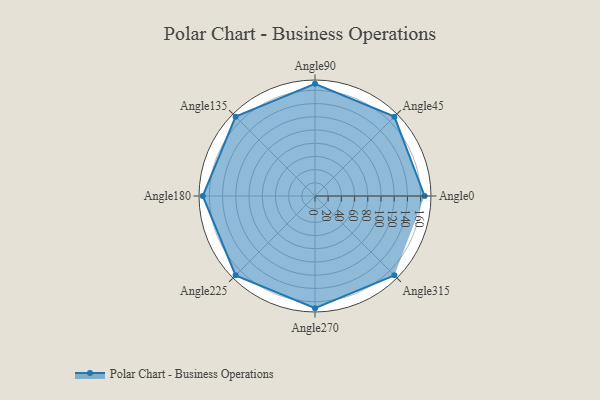
{"axis": {"x": "Angle", "y": "Radius"}, "legend": [""], "data": [{"x": "Angle0", "y": 166.0, "type": ""}, {"x": "Angle45", "y": 170, "type": ""}, {"x": "Angle90", "y": 170, "type": ""}, {"x": "Angle135", "y": 170, "type": ""}, {"x": "Angle180", "y": 170, "type": ""}, {"x": "Angle225", "y": 170, "type": ""}, {"x": "Angle270", "y": 170, "type": ""}, {"x": "Angle315", "y": 170, "type": ""}]}